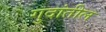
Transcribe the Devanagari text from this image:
गुदांतील